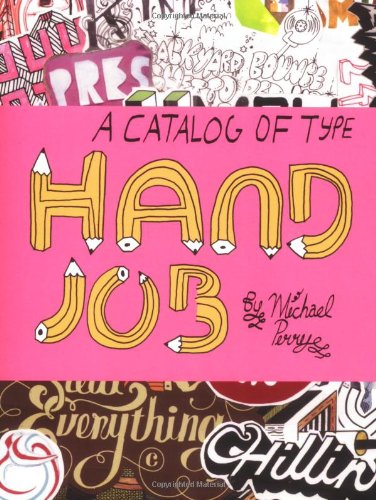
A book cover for Hand Job: A Catalog of Type; Michael Perry; Arts & Photography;